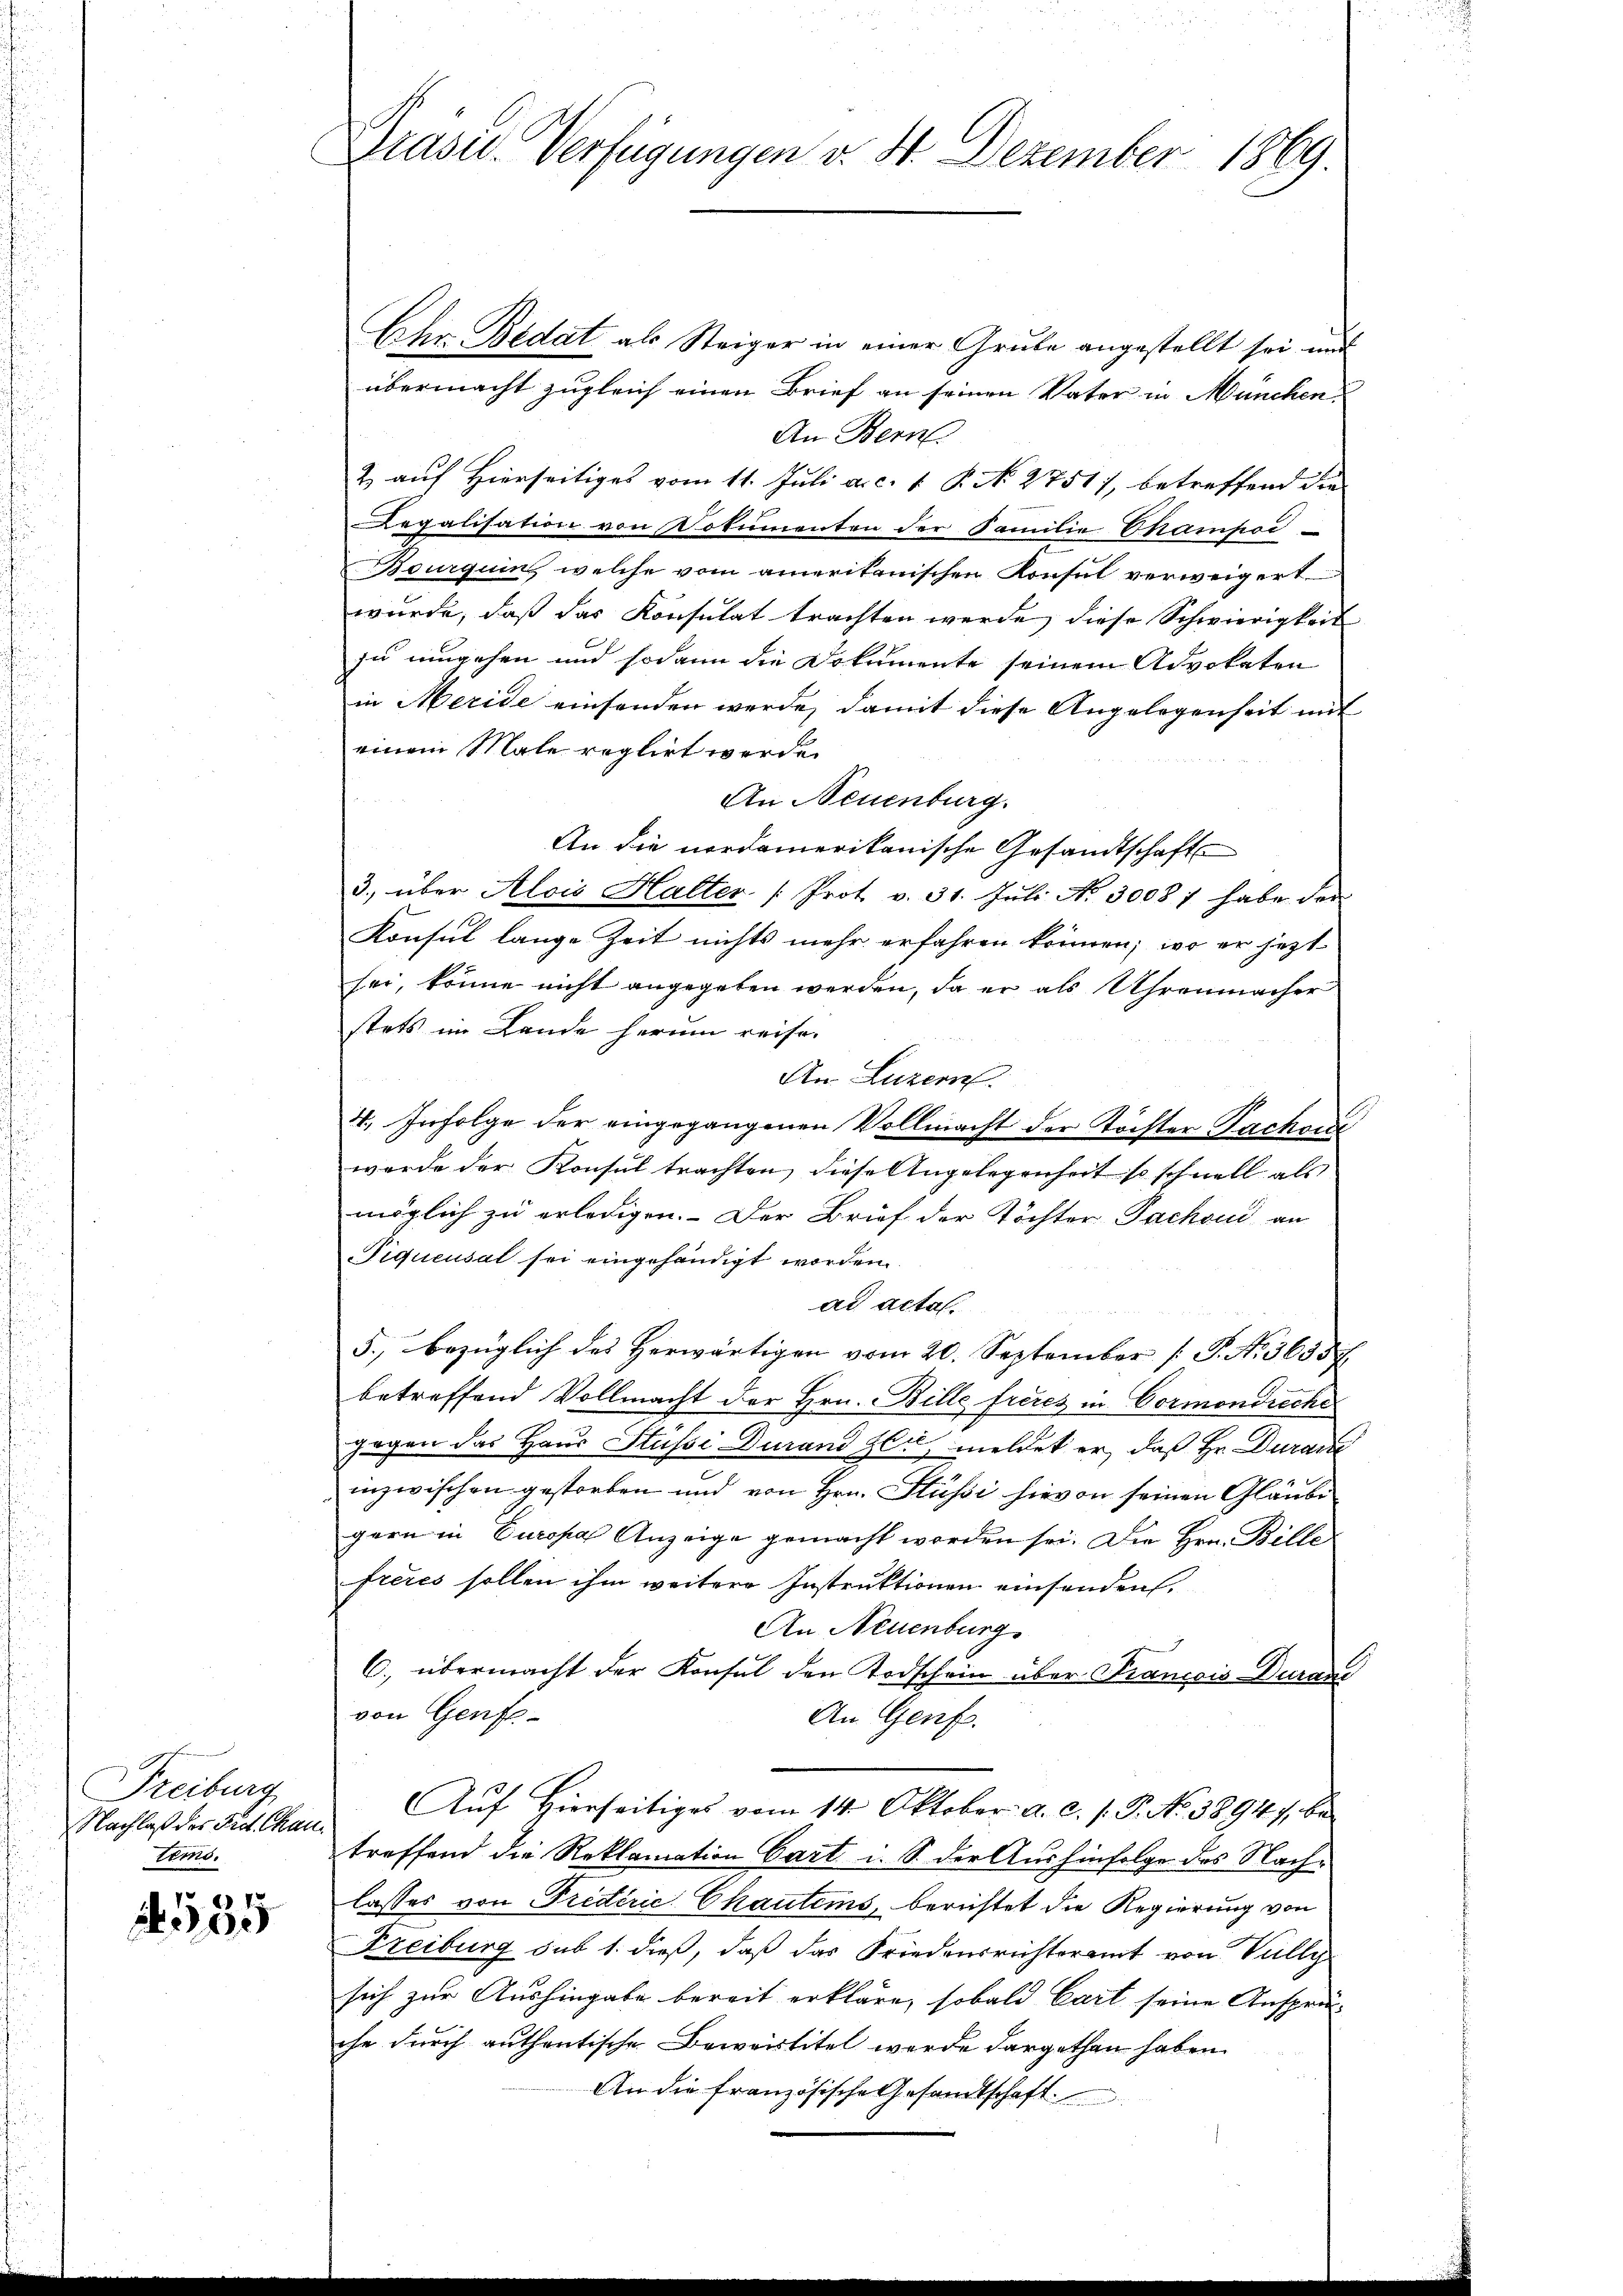
Freiburg
Nachlaß des Fact. Chan
tems.

2555

Praser Verfügungen v. 8. Dezember 1869

Lhr. Bedat als Steiger in einer Grube angestellt sei und
übermacht zugleich einen Brief an seinen Vater in München
An Bern.
& auf Hierseitiges vom 11. Juli a. c. 1 P. N. 2751), betreffend die
Legalisation von Dokumenten der Familie Thampod
Bourquin welche vom amerikanischen Konsul verweigert
wurde, daß das Konsulat trachten werde, diese Schwierigkeit
zu umgehen und sodann die Dokumente seinem Advokaten
in Meride einsenden werde, damit diese Angelegenheit mit
einem Male reglirt werde.
An Neuenburg.
An die nordamerikanische Gesandtschaft
3. über Alois Halter (Prot. v. 31. Jŭli No. 3008 7 habe der
Konsul lange Zeit nichts mehr erfahren können; wo er jetzt
sei, könne nicht angegeben werden, da er als Uhrenmacher
stets im Lande herum reise.
An Luzern.
4. Infolge der eingegangenen Vollmacht der Töchter Facho
wurde der Konsul trachten, diese Angelegenheit so schnell als
möglich zu erledigen. Der Brief der Töchter Pachoud an
Piqueusal sei eingehändigt worden.
ad actal.
5., bezüglich des Herwärtigen vom 20. September [S. N. 5655
betreffend Vollmacht der Hrn. Bille freies in Cormondreche
gegen das Haus Stüsse Durand Heu, meldet er, daß Hr. Duran
inzwischen gestorben und von Hrn. Flüssi hievon seinen Glaube
gern in Europa Anzeige gemacht worden sei. Die Hrn. Bille
freies sollen ihm weitere Instruktionen einsenden.
An Neuenburg
C. übermacht der Konsul den Todschein über Francois Aarau
von Genfs-
An Genf.
Auf Hierseitiges vom 14. Oktober a. c. s. P. No 3894), betreffend die Reklamation Cart i. S. der Aushinfolge des Nachlasses von Friderie Chautems, berichtet die Regierung von
Freiburg sub 1. dieß, daß das Friedensrichteramt von Vully
sich zur Aushingabe bereit erkläre, sobald Cart seine Ansprü-
che durch authentische Beweistitel werde dargethan haben.
An die französische Gesandtschaft